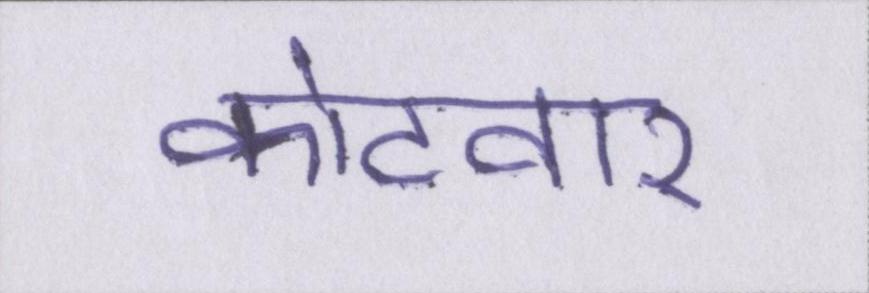
कोटवार